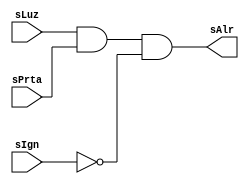
module alarma_desc_estructural (
	output 	sAlr,	// No se indica el tipo de sAlr,  wire implcito
	input 	sLuz,	// No se indica el tipo de sLuz,  wire implcito
	input 	sPrta,	// No se indica el tipo de sPrta, wire implcito
	input 	sIgn);	// No se indica el tipo de sIgn,  wire implcito
	// En las descripciones estructurales, los puertos de entrada y 
	// salida siempre son wires.
	// wire x; // En este escenario, la declaracin de x es implcita
	// Compuerta "not" primitiva de Verilog, retardo de propagacin = 1
	not #1 gate1(	x,	// Salida, primer puerto
			sIgn);	// Entradas, segundo puerto y otros

	// Compuerta "and" primitiva de Verilog, retardo de propagacin = 1
	and #1 gate2(	sAlr,	// Salida, primer puerto
			sLuz,	// Entradas, segundo puerto y otros
			sPrta,
			x);
endmodule